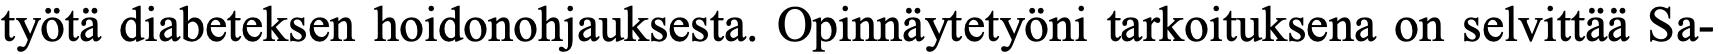
työtä diabeteksen hoidonohjauksesta. Opinnäytetyöni tarkoituksena on selvittää Sa-